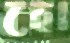
হো